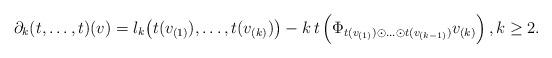
LaTeX: \begin{align*}\partial_{k}(t,\ldots,t)(v)&=l_{k}\big(t(v_{(1)}),\ldots, t(v_{(k)})\big)-k \, t \left(\Phi_{t(v_{(1)})\odot\ldots\odot t(v_{(k-1)})} v_{(k)}\right), k\geq 2.\end{align*}